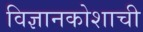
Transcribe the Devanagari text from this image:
विज्ञानकोशाची